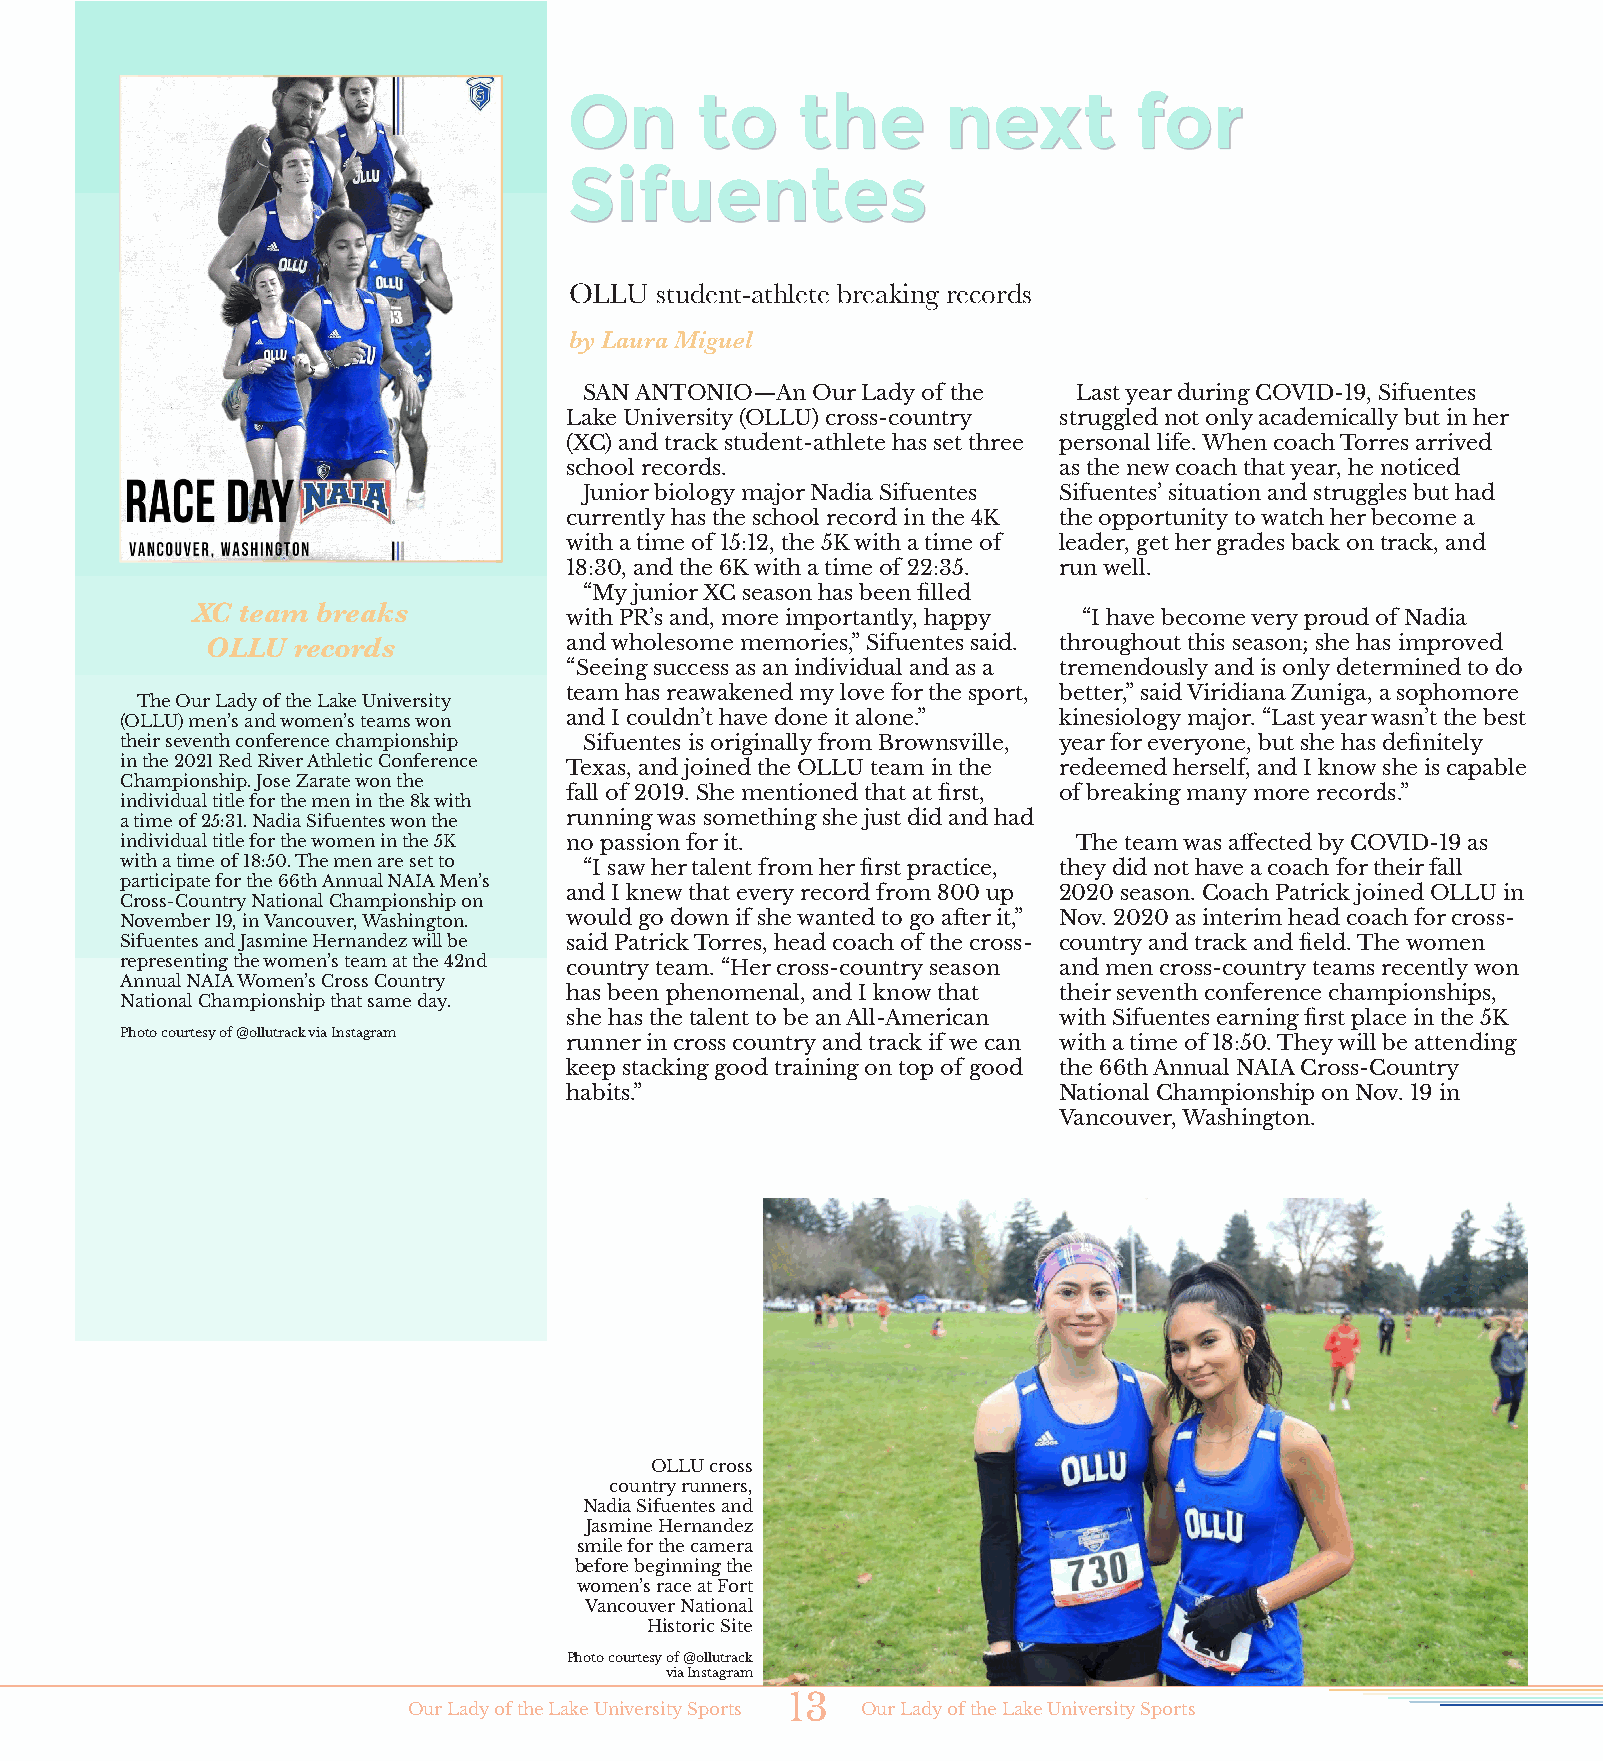
On      to     the       next        for
 Sifuentes
 OLLU student-athlete breaking records
 by Laura Miguel
 SAN ANTONIO—An Our Lady of the  Last year during COVID-19, Sifuentes
 Lake University (OLLU) cross-country struggled not only academically but in her
 (XC) and track student-athlete has set three personal life. When coach Torres arrived
 school records.                  as the new coach that year, he noticed
 Junior biology major Nadia Sifuentes Sifuentes’ situation and struggles but had
 currently has the school record in the 4K the opportunity to watch her become a
 with a time of 15:12, the 5K with a time of leader, get her grades back on track, and
 18:30, and the 6K with a time of 22:35. run well.
 “My junior XC season has been filled
 XC team breaks
 with PR’s and, more importantly, happy “I have become very proud of Nadia
 OLLU records           and wholesome memories,” Sifuentes said. throughout this season; she has improved
 “Seeing success as an individual and as a tremendously and is only determined to do
 team has reawakened my love for the sport, better,” said Viridiana Zuniga, a sophomore
 The Our Lady of the Lake University
 (OLLU) men’s and women’s teams won and I couldn’t have done it alone.” kinesiology major. “Last year wasn’t the best
 their seventh conference championship Sifuentes is originally from Brownsville, year for everyone, but she has definitely
 in the 2021 Red River Athletic Conference Texas, and joined the OLLU team in the redeemed herself, and I know she is capable
 Championship. Jose Zarate won the
 fall of 2019. She mentioned that at first, of breaking many more records.”
 individual title for the men in the 8k with
 a time of 25:31. Nadia Sifuentes won the running was something she just did and had
 individual title for the women in the 5K no passion for it.    The team was affected by COVID-19 as
 with a time of 18:50. The men are set to “I saw her talent from her first practice, they did not have a coach for their fall
 participate for the 66th Annual NAIA Men’s
 and I knew that every record from 800 up 2020 season. Coach Patrick joined OLLU in
 Cross-Country National Championship on
 November 19, in Vancouver, Washington. would go down if she wanted to go after it,” Nov. 2020 as interim head coach for cross-
 Sifuentes and Jasmine Hernandez will be said Patrick Torres, head coach of the cross- country and track and field. The women
 representing the women’s team at the 42nd country team. “Her cross-country season and men cross-country teams recently won
 Annual NAIA Women’s Cross Country
 has been phenomenal, and I know that their seventh conference championships,
 National Championship that same day.
 she has the talent to be an All-American with Sifuentes earning first place in the 5K
 Photo courtesy of @ollutrack via Instagram
 runner in cross country and track if we can with a time of 18:50. They will be attending
 keep stacking good training on top of good the 66th Annual NAIA Cross-Country
 habits.”                         National Championship on Nov. 19 in
 Vancouver, Washington.
 OLLU cross
 country runners,
 Nadia Sifuentes and
 Jasmine Hernandez
 smile for the camera
 before beginning the
 women’s race at Fort
 Vancouver National
 Historic Site
 Photo courtesy of @ollutrack
 via Instagram
 13
 Our Lady of the Lake University Sports Our Lady of the Lake University Sports